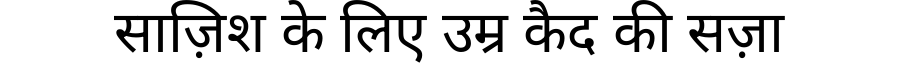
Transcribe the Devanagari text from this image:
साज़िश के लिए उम्र कैद की सज़ा